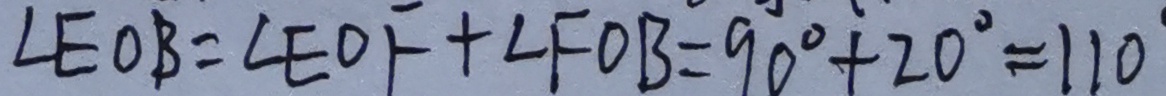
\angle E O B = \angle E O F + \angle F O B = 9 0 ^ { \circ } + 2 0 ^ { \circ } = 1 1 0